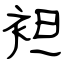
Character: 袒